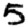
Digit: 5